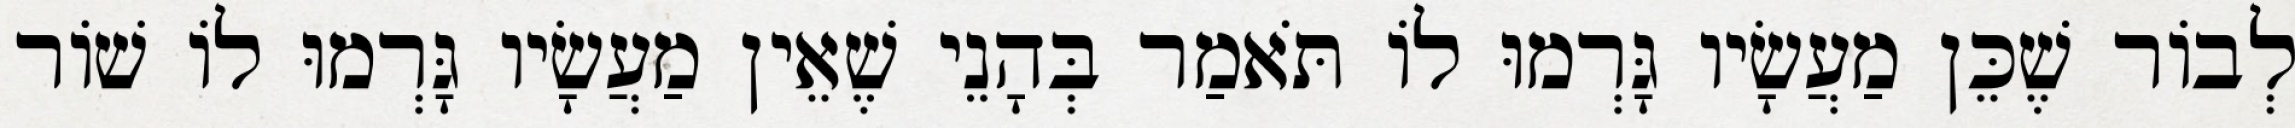
לְבוֹר שֶׁכֵּן מַעֲשָׂיו גָּרְמוּ לוֹ תֹּאמַר בְּהָנֵי שֶׁאֵין מַעֲשָׂיו גָּרְמוּ לוֹ שׁוֹר